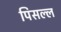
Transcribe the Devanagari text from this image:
पिसल्ल